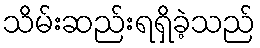
သိမ်းဆည်းရရှိခဲ့သည်